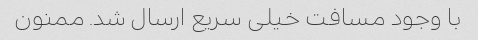
با وجود مسافت خیلی سریع ارسال شد. ممنون